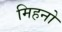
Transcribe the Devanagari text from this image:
मिहनो